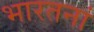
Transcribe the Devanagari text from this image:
भारतनां